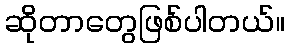
ဆိုတာတွေဖြစ်ပါတယ်။